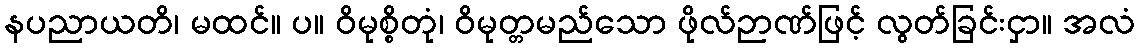
နပညာယတိ၊ မထင်။ ပ။ ဝိမုစ္စိတုံ၊ ဝိမုတ္တမည်သော ဖိုလ်ဉာဏ်ဖြင့် လွတ်ခြင်းငှာ။ အလံ